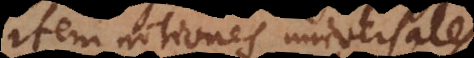
tem notiones universales,